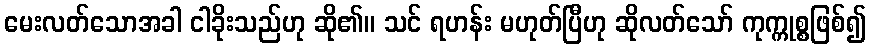
မေးလတ်သောအခါ ငါခိုးသည်ဟု ဆို၏။ သင် ရဟန်း မဟုတ်ပြီဟု ဆိုလတ်သော် ကုက္ကုစ္စဖြစ်၍